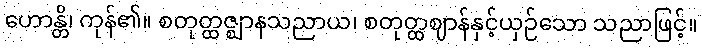
ဟောန္တိ၊ ကုန်၏။ စတုတ္ထဇ္ဈာနသညာယ၊ စတုတ္ထဈာန်နှင့်ယှဉ်သော သညာဖြင့်။